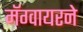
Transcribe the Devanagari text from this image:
मॅग्वायरने